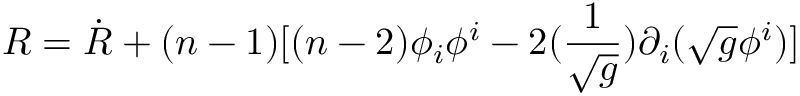
R = \dot { R } + ( n - 1 ) [ ( n - 2 ) \phi _ { i } \phi ^ { i } - 2 ( \frac { 1 } { \sqrt { g } } ) \partial _ { i } ( \sqrt { g } \phi ^ { i } ) ]